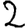
Digit: 2